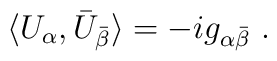
\langle U_{\alpha},\bar  U_{\bar \beta}\rangle =-ig_{\alpha\bar \beta} \ .